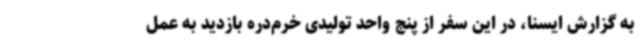
به گزارش ایسنا، در این سفر از پنج واحد تولیدی خرم‌دره بازدید به عمل